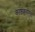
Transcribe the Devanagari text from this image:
काष्ठकारिता